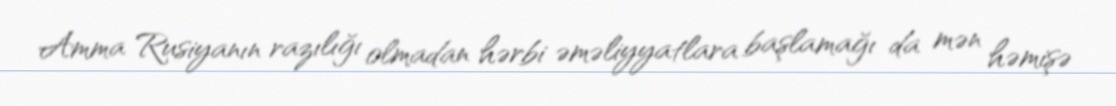
Amma Rusiyanın razılığı olmadan hərbi əməliyyatlara başlamağı da mən həmişə